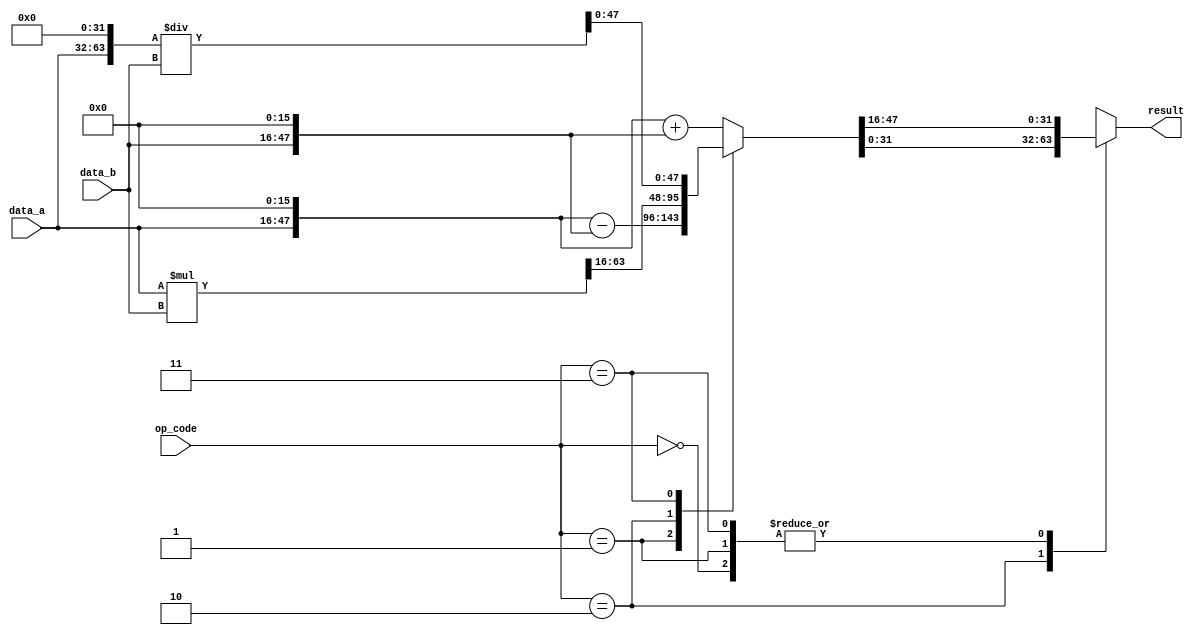
module fixed_point_unit (
    input [31:0] data_a,
    input [31:0] data_b,
    input [1:0] op_code,
    output reg [31:0] result
);

// Parameters for fixed-point representation
parameter INTEGER_BITS = 16;
parameter FRACTIONAL_BITS = 16;

// Internal variables for intermediate results
reg [63:0] temp_result;

// Module for addition operation
always @(*) begin
    case (op_code)
        2'b00: temp_result = (data_a << FRACTIONAL_BITS) + (data_b << FRACTIONAL_BITS); // Addition
        2'b01: temp_result = (data_a << FRACTIONAL_BITS) - (data_b << FRACTIONAL_BITS); // Subtraction
        2'b10: temp_result = (data_a * data_b) >> FRACTIONAL_BITS; // Multiplication
        2'b11: temp_result = (data_a << (FRACTIONAL_BITS*2)) / data_b; // Division
    endcase
end

// Output result after rounding and precision control
always @(*) begin
    case (op_code)
        2'b00: result = temp_result >> FRACTIONAL_BITS; // Addition
        2'b01: result = temp_result >> FRACTIONAL_BITS; // Subtraction
        2'b10: result = temp_result;
        2'b11: result = temp_result >> FRACTIONAL_BITS; // Division
    endcase
end

endmodule